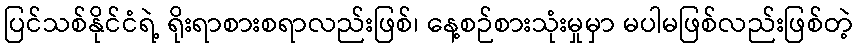
ပြင်သစ်နိုင်ငံရဲ့ ရိုးရာစားစရာလည်းဖြစ်၊ နေ့စဉ်စားသုံးမှုမှာ မပါမဖြစ်လည်းဖြစ်တဲ့